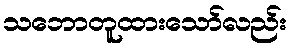
သဘောတူထားသော်လည်း